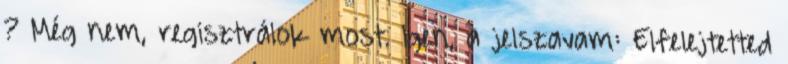
? Még nem, regisztrálok most. Igen, a jelszavam: Elfelejtetted